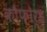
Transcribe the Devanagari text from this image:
कौफ़ोर्ड